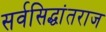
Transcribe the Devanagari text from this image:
सर्वसिद्धांतराज